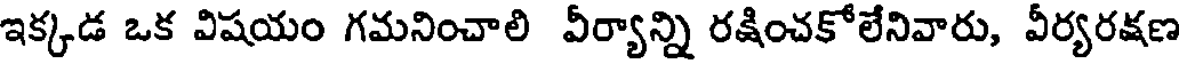
ఇక్కడ ఒక విషయం గమనించాలి వీర్యాన్ని రక్షించకోలేనివారు, వీర్యరక్షణ